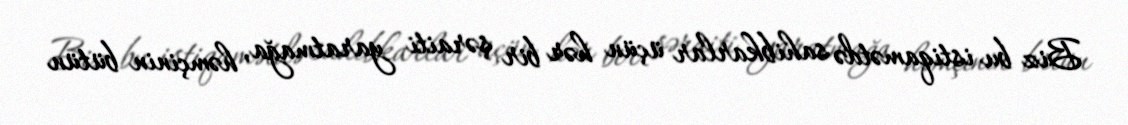
Biz bu istiqamətdə sahibkarlar üçün hər bir şəraiti yaratmağa, həmçinin bütün